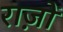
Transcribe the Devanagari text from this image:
राज़ों